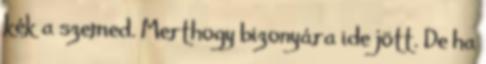
kék a szemed. Merthogy bizonyára ide jött. De ha